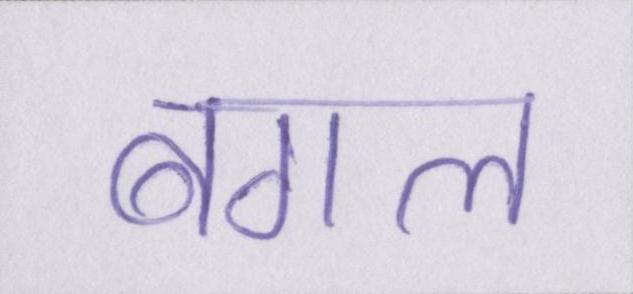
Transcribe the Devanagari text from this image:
बगल